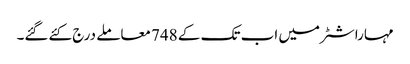
مہاراشٹر میں اب تک کے 748 معاملے درج کئےگئے۔